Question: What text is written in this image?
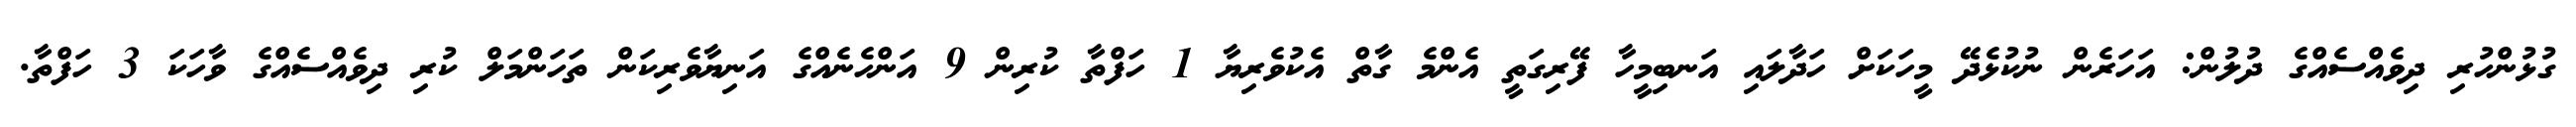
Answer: ގުޅުންހުރި ދިވެއްސެއްގެ ދުލުން: އަހަރެން ނުކުޅެދޭ މީހަކަށް ހަދާލައި އަނބިމީހާ ފޭރިގަތީ އެންމެ ގާތް އެކުވެރިޔާ 1 ހަފްތާ ކުރިން 9 އަންހެނެއްގެ އަނިޔާވެރިކަން ތަހަންމަލް ކުރި ދިވެއްސެއްގެ ވާހަކަ 3 ހަފްތާ.